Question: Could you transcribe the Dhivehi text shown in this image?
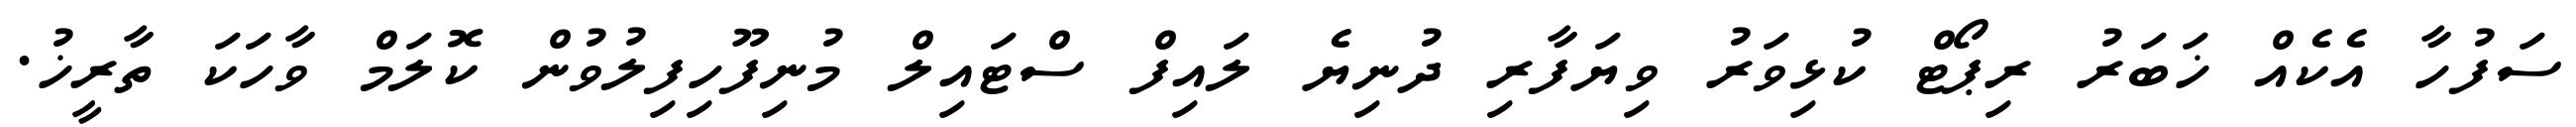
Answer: ސަފުހާ އެކެއް ޚަބަރު ރިޕޯޓް ކުޅިވަރު ވިޔަފާރި ދުނިޔެ ލައިފް ސްޓައިލް މުނިފޫހިފިލުވުން ކޮލަމް ވާހަކަ ތާރީޚު.